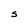
Character: S